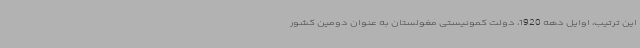
این ترتیب، اوایل دهه 1920، دولت کمونیستی مغولستان به عنوان دومین کشور